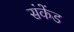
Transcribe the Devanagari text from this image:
संकेंड